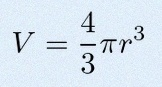
V=\frac43\pi r^3